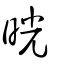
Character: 晄